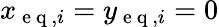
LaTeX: x_{\mathrm{~e~q~},i}=y_{\mathrm{~e~q~},i}=0